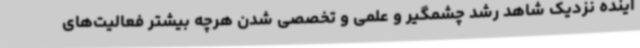
آینده نزدیک شاهد رشد چشمگیر و علمی و تخصصی شدن هرچه بیشتر فعالیت‌های